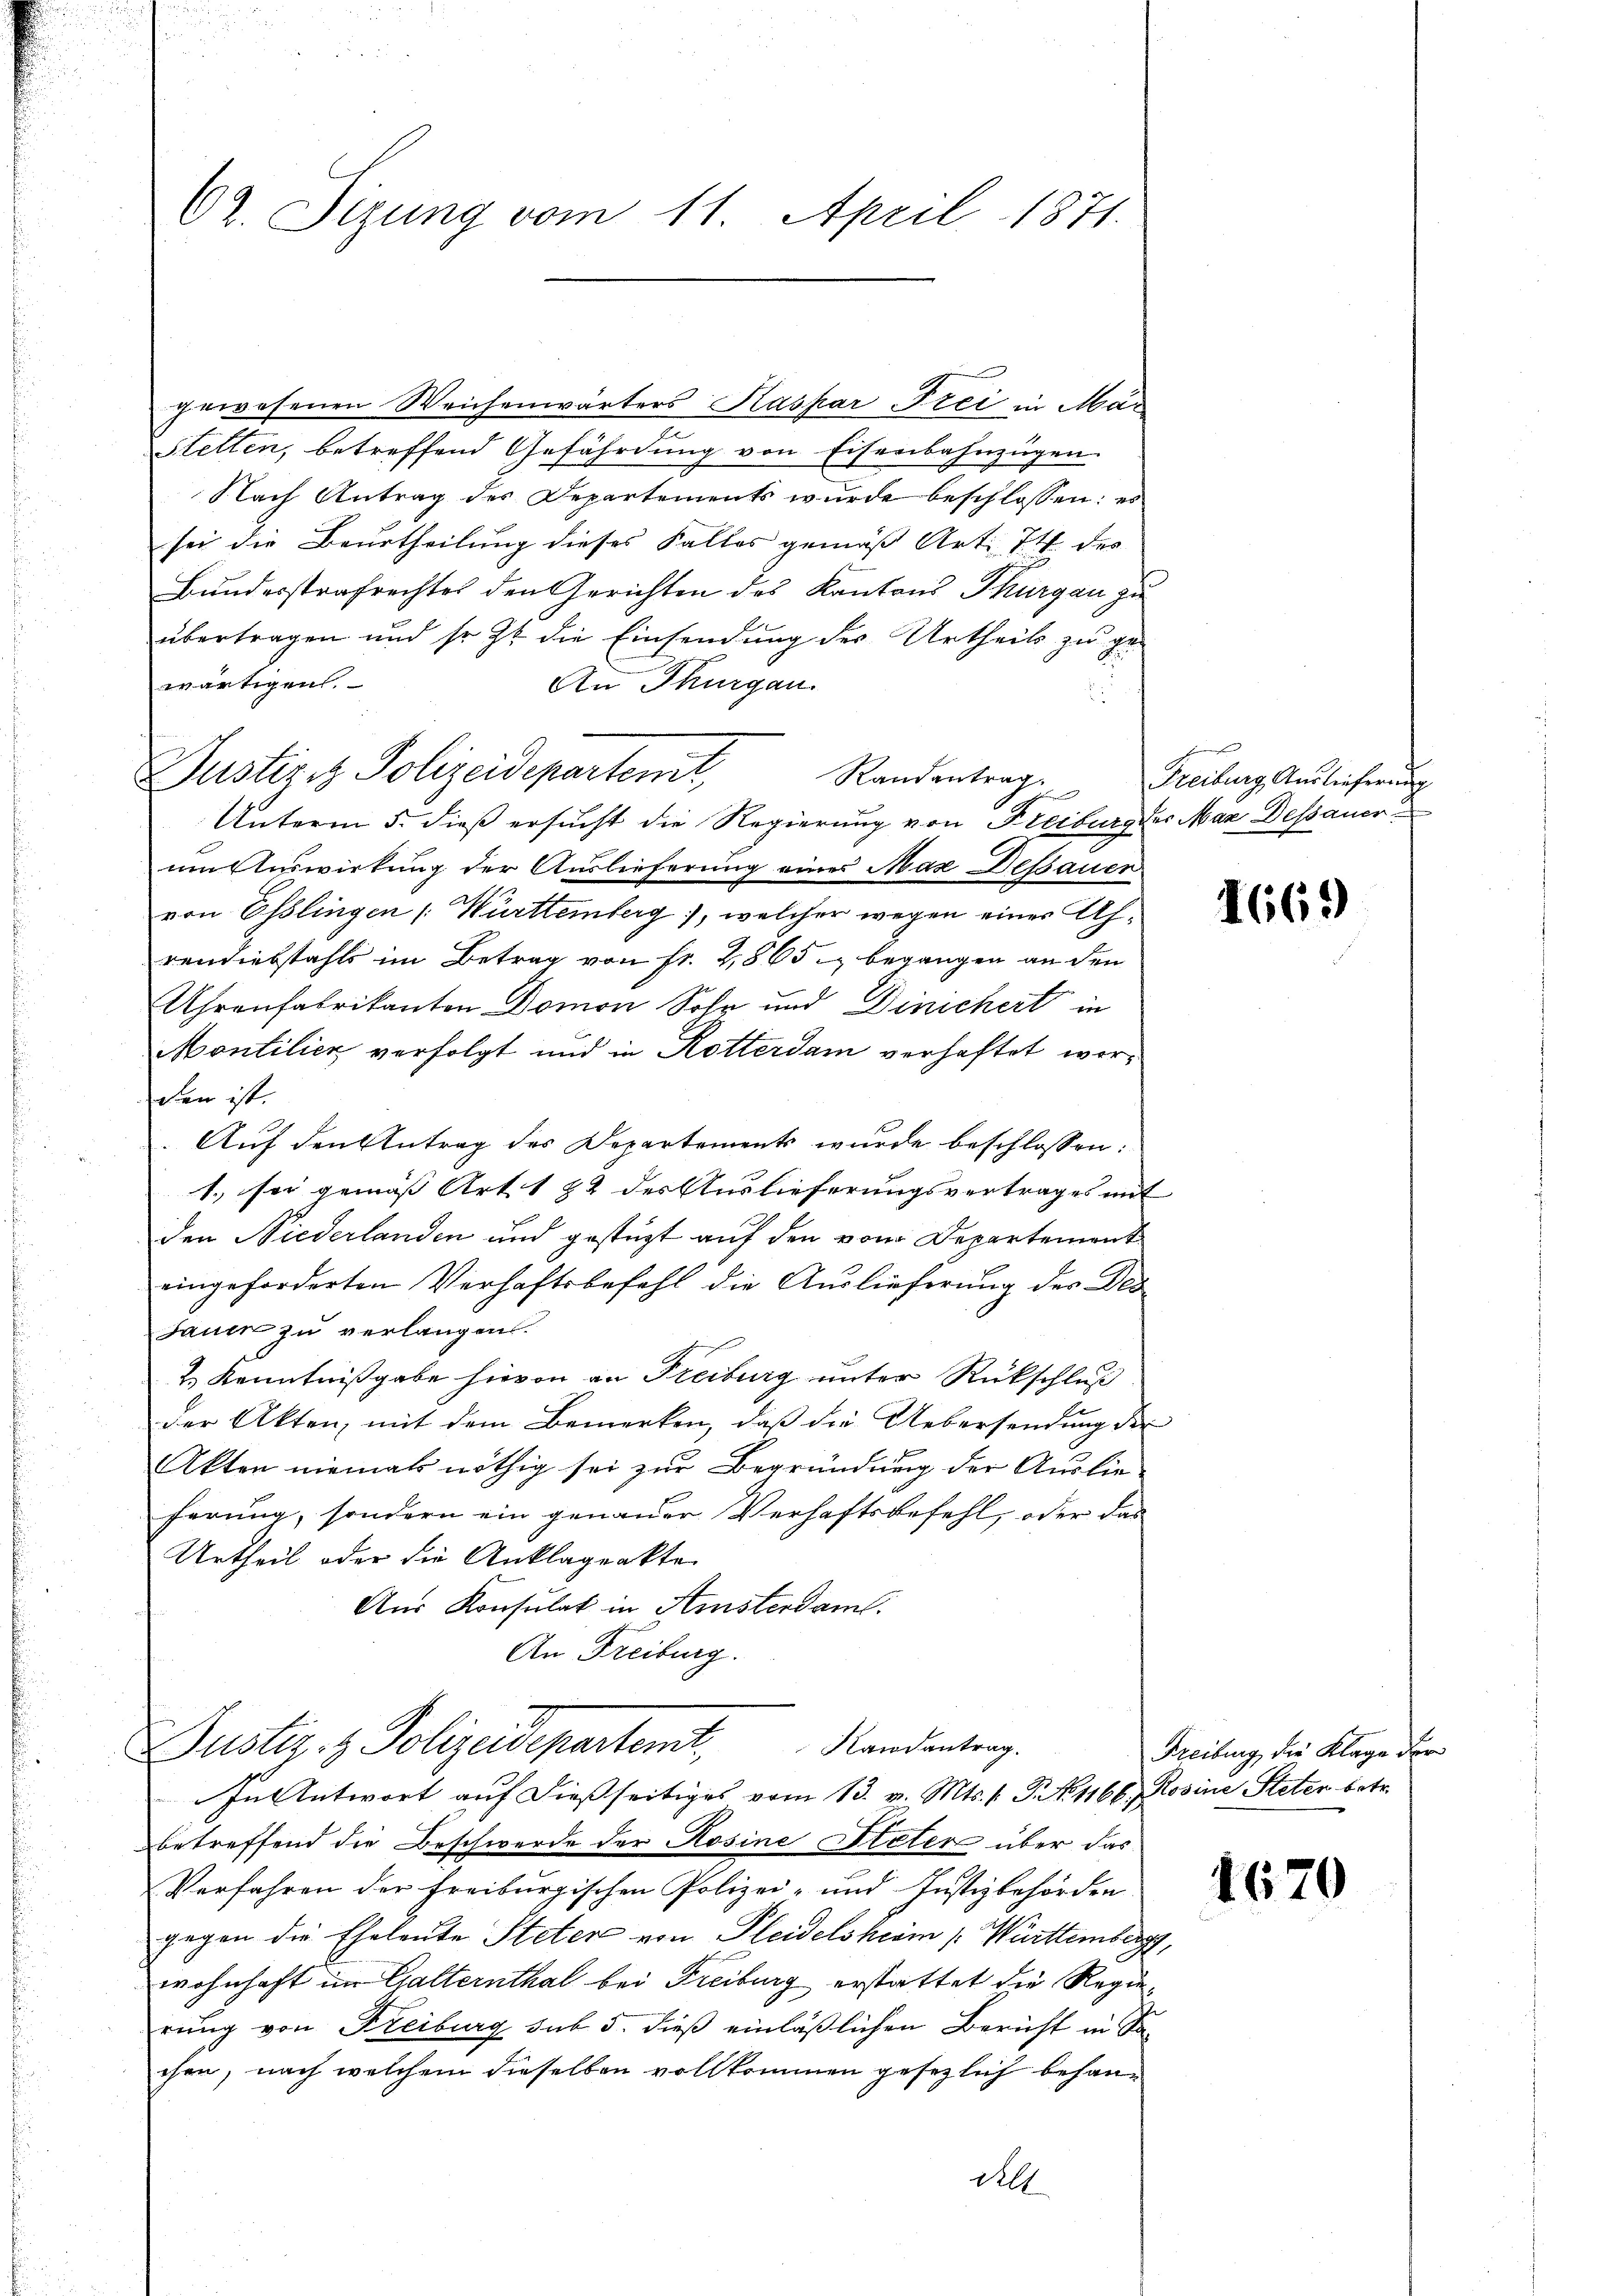
62. Sizung vom 11. April 1871.

gewesenen Weichenwärters Kaspar Frei in Ma¬
Stetten, betreffend Gefährdung von Eisenbahnzügen
Nach Antrag der Departements wurde beschlossen: es
sei die Beurtheilung dieses Falles gemäß Art. 74 des
Bundesstrafrechtes den Gerichten des Kantons Thurgau zu
übertragen und so zu die Einsendung des Urtheils zu ge-
wärtigen.
An Thurgau.
Unterm 5. dieß ersucht die Regierung von Freiburg der Mar Dessauer
um Auswirkung der Auslieferung eines Max Dessauer
von Esslingen Württemberg, welcher wegen einer Ahrendiebstahls im Betrag von fr. 2,865 begangen an den
Uhrenfabrikanton Domon Sohr und Dinichert in
Montilien verfolgt und in Rotterdam verhaftet worden ist.
Auf den Antrag des Departements wurde beschlossen:
1., sei gemäß Art. 182 des Auslieferungsvertrages mit
den Niederlanden und gestüzt auf den vom Departement
eingeforderten Verhaftsbefehl die Auslieferung des Desdauer zu verlangen.
& Kenntnißgabe hievon an Freiburg unter Rückschluß
der Akten, mit dem Bemerken, daß die Uebersendung der
Akten niemals nöthig sei zur Begründung der Auslie-
ferung, sondern ein genauer Verhaftsbefehl, oder das
Urtheil oder die Anklageakte
Aus Konsulat in Amsterdam.
An Freiburg.

Justizit Polizeidepartemt,

Justiz & Polizeidepartemt. Kandentrag.
In Antwort auf dießseitiges vom 13. v. Mts. 1. P. No 1166, Rosine Steter betr.

Randantrag. Freiburg Aŭslieferung

e

betreffend die Beschwerde der Rosine Peter über das
Verfahren der Freiburgischen Polizei- und Justizbehörden
gegen die Eheleute Steter von Pleidelsheim Württemberg,
wohnhaft im Galternthal bei Freiburg erstattet die Regierung von Kreiburg sub 5. dieß einläßlichen Bericht in Sachen, nach welchem dieselben vollkommen gesezlich behandell

1669

Freiburg, die Klage der

1670